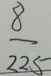
\frac { 8 } { 2 2 5 }